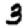
Digit: 3